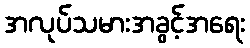
အလုပ်သမားအခွင့်အရေး